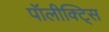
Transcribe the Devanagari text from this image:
पॉलीक्ट्सि